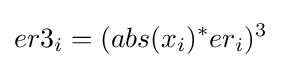
{\begin{aligned}&er3_{i}=(abs(x_{i})^{*}er_{i})^{3}\\\end{aligned}}